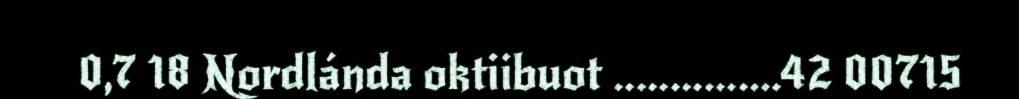
0,7 18 Nordlánda oktiibuot ...............42 00715